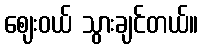
ဈေးဝယ် သွားချင်တယ်။